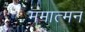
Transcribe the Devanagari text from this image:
ममात्मन